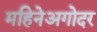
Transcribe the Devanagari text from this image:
महिनेअगोदर